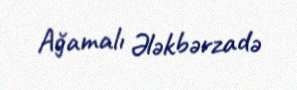
Ağamalı Ələkbərzadə